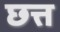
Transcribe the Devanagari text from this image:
छत्त